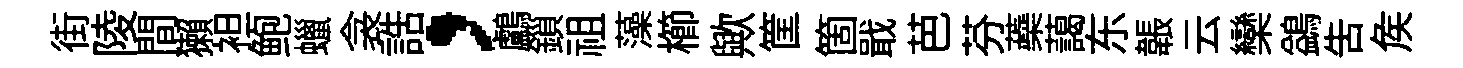
街陵間獺袒鲍蠟衾誥，鸕鎻祖藻櫛歟筐箇戢芭芬蘃藹东韔云欒鷁告矦